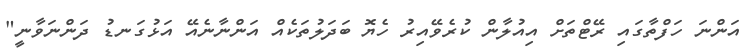
އަންނަ ހަފްތާގައި ރޭޓްތަށް އިއުލާން ކުރެވޭއިރު ހެޔޮ ބަދަލުތަކެއް އަންނާނެއޭ އަޅުގަނޑު ދަންނަވާނީ"